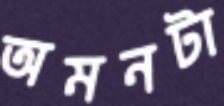
অমনটা